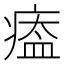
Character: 𤸙